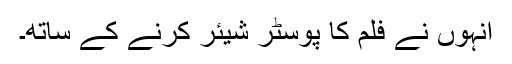
انہوں نے فلم کا پوسٹر شیئر کرنے کے ساتھ۔